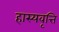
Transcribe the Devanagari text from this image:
हास्यवृत्ति